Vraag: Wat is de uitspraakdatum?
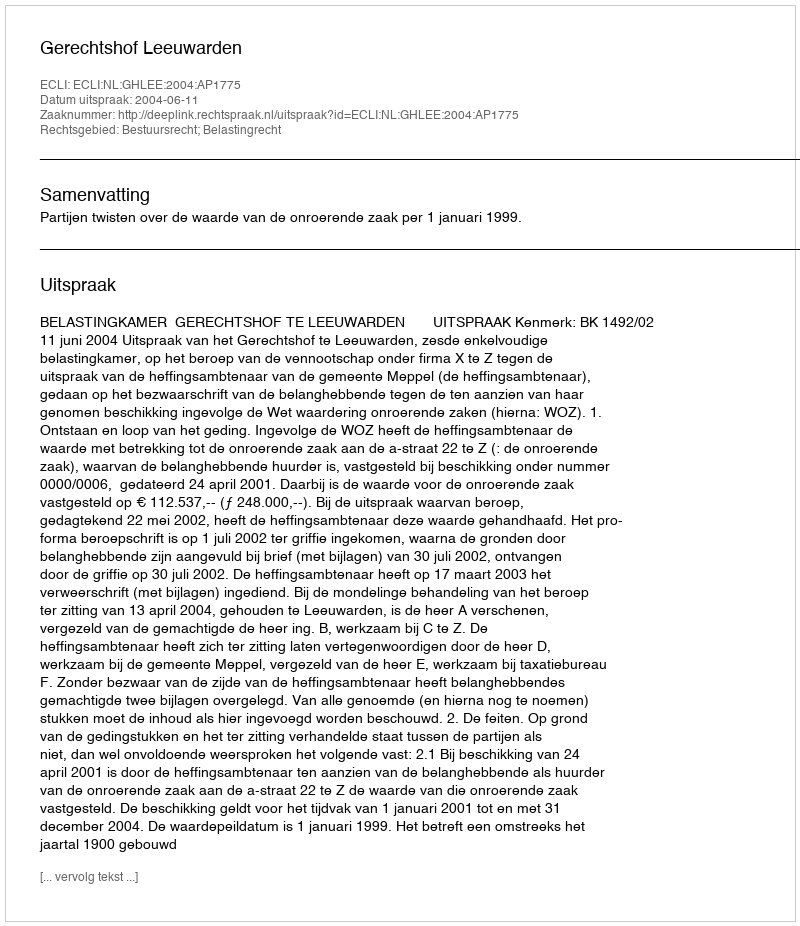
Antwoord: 2004-06-11